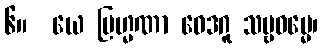
၆။  ယေ ဗြဟ္မဏာ ဝေဒဂူ သဗ္ဗဓမ္မေ၊